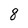
Character: q